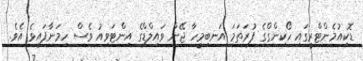
ޑޮކިއުމެންޓްރީގައި ހޯކިންގްގެ ފުރަތަމަ އަނބިމީހާ ޖޭން ވައިލްޑްގެ އިންޓަވިއު ވެސް ހިމަނާފައިވެ އެވެ.